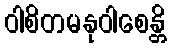
ဝါစိတမနုဝါစေန္တိ